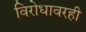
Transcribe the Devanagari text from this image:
विरोधावरही